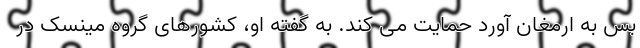
بس به ارمغان آورد حمایت می کند. به گفته او، کشورهای گروه مینسک در